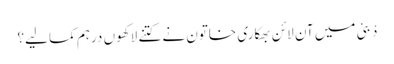
دْبئی میں آن لائن بھکاری خاتون نے کتنے لاکھوں درہم کما لیے؟